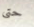
حتى